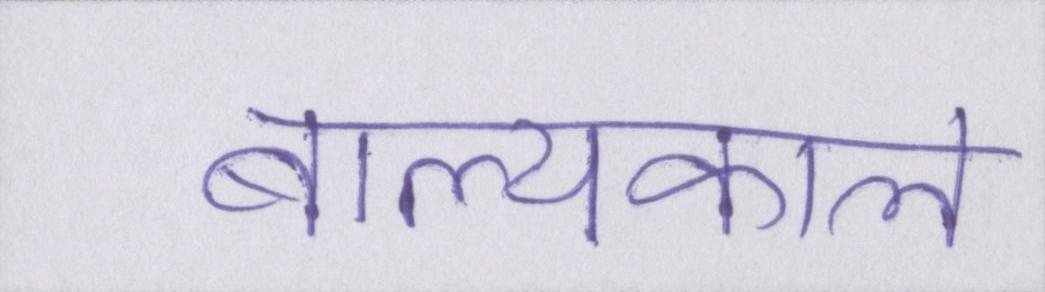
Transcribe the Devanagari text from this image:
बाल्यकाल